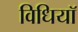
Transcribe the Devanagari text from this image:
विधियॉ